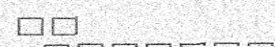
١٣